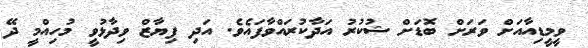
ވީމީޑިއާއަށް ވަރަށް ބޮޑަށް ޝުކުރު އަދާކުރައްވާފައެވެ. އަދި ފިޔާޒް ވިދާޅުވީ މުހިއްމީ ދޭ